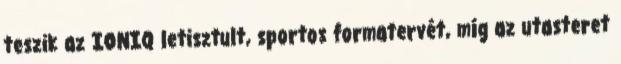
teszik az IONIQ letisztult, sportos formatervét, míg az utasteret